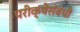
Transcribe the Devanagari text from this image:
परीक्षेसंबंधी